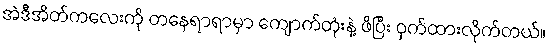
အဲဒီအိတ်ကလေးကို တနေရာရာမှာ ကျောက်တုံးနဲ့ ဖိပြီး ဝှက်ထားလိုက်တယ်။